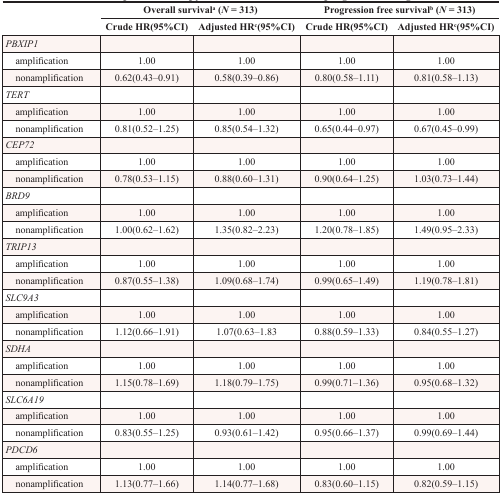
<table><thead><tr><td></td><td colspan="2"><b>Overall survival<sup>a</sup> (<i>N</i> = 313)</b></td><td colspan="2"><b>Progression free survival<sup>b</sup> (<i>N</i> = 313)</b></td></tr><tr><td></td><td><b>Crude HR(95%CI)</b></td><td><b>Adjusted HR<sup>c</sup>(95%CI)</b></td><td><b>Crude HR(95%CI)</b></td><td><b>Adjusted HR<sup>c</sup>(95%CI)</b></td></tr></thead><tbody><tr><td><i>PBXIP1</i></td><td></td><td></td><td></td><td></td></tr><tr><td> amplification</td><td>1.00</td><td>1.00</td><td>1.00</td><td>1.00</td></tr><tr><td> nonamplification</td><td>0.62(0.43–0.91)</td><td>0.58(0.39–0.86)</td><td>0.80(0.58–1.11)</td><td>0.81(0.58–1.13)</td></tr><tr><td><i>TERT</i></td><td></td><td></td><td></td><td></td></tr><tr><td> amplification</td><td>1.00</td><td>1.00</td><td>1.00</td><td>1.00</td></tr><tr><td> nonamplification</td><td>0.81(0.52–1.25)</td><td>0.85(0.54–1.32)</td><td>0.65(0.44–0.97)</td><td>0.67(0.45–0.99)</td></tr><tr><td><i>CEP72</i></td><td></td><td></td><td></td><td></td></tr><tr><td> amplification</td><td>1.00</td><td>1.00</td><td>1.00</td><td>1.00</td></tr><tr><td> nonamplification</td><td>0.78(0.53–1.15)</td><td>0.88(0.60–1.31)</td><td>0.90(0.64–1.25)</td><td>1.03(0.73–1.44)</td></tr><tr><td><i>BRD9</i></td><td></td><td></td><td></td><td></td></tr><tr><td> amplification</td><td>1.00</td><td>1.00</td><td>1.00</td><td>1.00</td></tr><tr><td> nonamplification</td><td>1.00(0.62–1.62)</td><td>1.35(0.82–2.23)</td><td>1.20(0.78–1.85)</td><td>1.49(0.95–2.33)</td></tr><tr><td><i>TRIP13</i></td><td></td><td></td><td></td><td></td></tr><tr><td> amplification</td><td>1.00</td><td>1.00</td><td>1.00</td><td>1.00</td></tr><tr><td> nonamplification</td><td>0.87(0.55–1.38)</td><td>1.09(0.68–1.74)</td><td>0.99(0.65–1.49)</td><td>1.19(0.78–1.81)</td></tr><tr><td><i>SLC9A3</i></td><td></td><td></td><td></td><td></td></tr><tr><td> amplification</td><td>1.00</td><td>1.00</td><td>1.00</td><td>1.00</td></tr><tr><td> nonamplification</td><td>1.12(0.66–1.91)</td><td>1.07(0.63–1.83</td><td>0.88(0.59–1.33)</td><td>0.84(0.55–1.27)</td></tr><tr><td><i>SDHA</i></td><td></td><td></td><td></td><td></td></tr><tr><td> amplification</td><td>1.00</td><td>1.00</td><td>1.00</td><td>1.00</td></tr><tr><td> nonamplification</td><td>1.15(0.78–1.69)</td><td>1.18(0.79–1.75)</td><td>0.99(0.71–1.36)</td><td>0.95(0.68–1.32)</td></tr><tr><td><i>SLC6A19</i></td><td></td><td></td><td></td><td></td></tr><tr><td> amplification</td><td>1.00</td><td>1.00</td><td>1.00</td><td>1.00</td></tr><tr><td> nonamplification</td><td>0.83(0.55–1.25)</td><td>0.93(0.61–1.42)</td><td>0.95(0.66–1.37)</td><td>0.99(0.69–1.44)</td></tr><tr><td><i>PDCD6</i></td><td></td><td></td><td></td><td></td></tr><tr><td> amplification</td><td>1.00</td><td>1.00</td><td>1.00</td><td>1.00</td></tr><tr><td> nonamplification</td><td>1.13(0.77–1.66)</td><td>1.14(0.77–1.68)</td><td>0.83(0.60–1.15)</td><td>0.82(0.59–1.15)</td></tr></tbody></table>